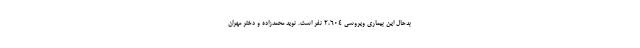
بدحال این بیماری ویروسی ۲،۶۰۴ نفر است. نوید محمدزاده و دختر مهران